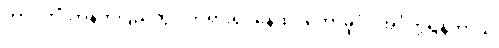
တာဝတိံသာနတ်ပြည်တွင် ဘုရားရှင်နေထိုင်တော်မူပုံ။ အင်္ဂုတ္တရနိကာယ